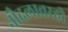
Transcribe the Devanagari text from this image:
नौदलावरही